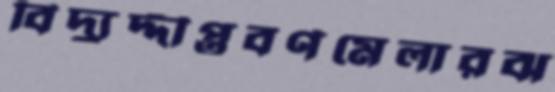
বিদ্যুদ্দীপ্তবর্ণমেলারঝ